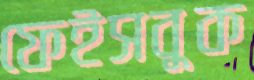
ফেইসবুক